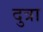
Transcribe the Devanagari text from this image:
दुत्रा